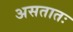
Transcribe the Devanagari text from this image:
असतातः